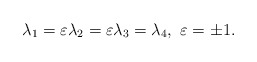
\begin{align*}\lambda_{1}=\varepsilon\lambda_{2}=\varepsilon\lambda_{3}=\lambda_{4},\ \varepsilon=\pm 1.\end{align*}